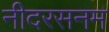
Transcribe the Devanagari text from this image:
नीदरसनम